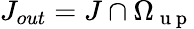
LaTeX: J_{out}=J\cap\Omega_{\mathrm{~u~p~}}